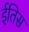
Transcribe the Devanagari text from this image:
ईतिस